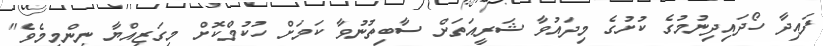
ފައިދާ ހޯދައިދިނުމުގެ ކުށުގެ މިދައުވާ ޝަރީއަތަށް ސާބިތުނުވާ ކަމަށް ހުކުމްކޮށް މިގަޒިއްޔާ ނިންމީމެވެ"